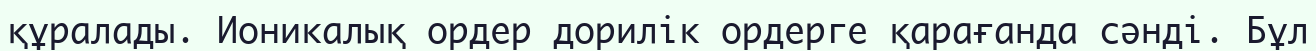
құралады. Ионикалық ордер дорилік ордерге қарағанда сәнді. Бұл